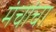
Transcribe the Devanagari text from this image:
मंचांचा